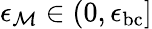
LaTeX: \epsilon_{\mathcal{M}}\in(0,\epsilon_{\mathrm{bc}}]